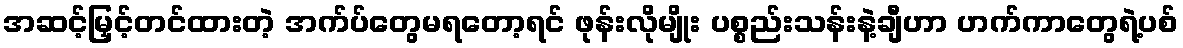
အဆင့်မြှင့်တင်ထားတဲ့ အက်ပ်တွေမရတော့ရင် ဖုန်းလိုမျိုး ပစ္စည်းသန်းနဲ့ချီဟာ ဟက်ကာတွေရဲ့ပစ်